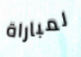
لمباراة